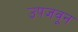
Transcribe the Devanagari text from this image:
उपजवून